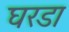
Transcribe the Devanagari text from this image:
घरडा